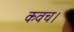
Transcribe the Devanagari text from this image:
कवच।